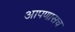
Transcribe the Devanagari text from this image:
आपणासच